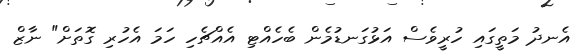
އެނދު މަތީގައި ހުރީވެސް އަޅުގަނޑުމެން ބެހެއްޓި އެއްޗެހި ހަމަ އެހުރި ގޮތަށް" ނާޒް